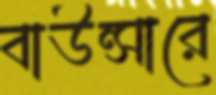
বাউন্সারে